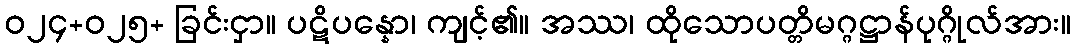
ဝ၂၄+၀၂၅+ ခြင်းငှာ။ ပဋိပန္နော၊ ကျင့်၏။ အဿ၊ ထိုသောပတ္တိမဂ္ဂဋ္ဌာန်ပုဂ္ဂိုလ်အား။